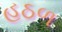
હઠળ